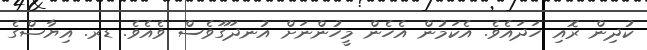
ކުދިން ރޮއި ހަދައެވެ. އެކަމުން އެހެން މީހުންނަށް އުނދަގޫވެސް ވެއެވެ. ޑރ. އިޔާޟްގެ